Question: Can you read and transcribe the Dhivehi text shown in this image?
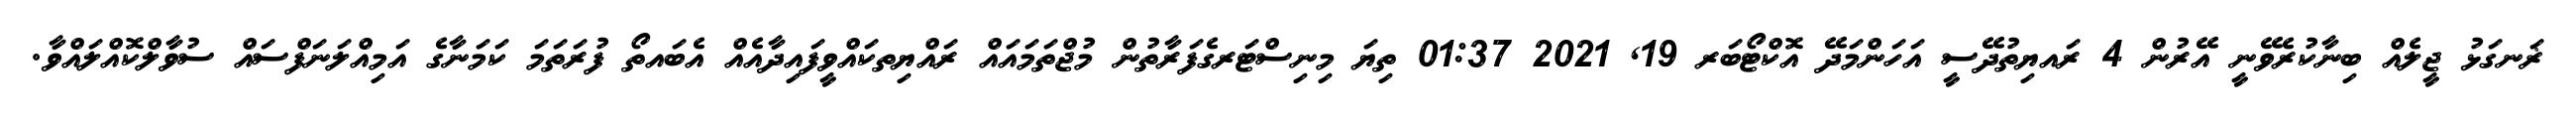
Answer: ޜަނގަޅު ޖީލެއް ބިނާކުރެވޭނީ އޭރުން 4 ރައޔިތުދޭސީ އަހަންމަދޭ އޮކްޓޯބަރ 19, 2021 01:37 ތިޔަ މިނިސްޓަރގެފަރާތުން މުޖްތަމައައް ރައްޔިތކައްވީފައިދާއެއް އެބައތޯ ފުރަތަމަ ކަމަނާގެ އަމިއްލަނަފްސައް ސުވާލްކޮއްލައްވާ.